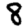
Digit: 8